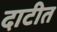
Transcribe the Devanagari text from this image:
दाटीत